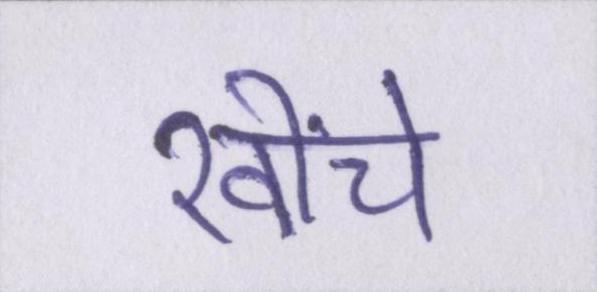
खींचे